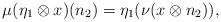
\begin{align*}\mu(\eta_1 \otimes x)(n_2) = \eta_1(\nu(x\otimes n_2)),\end{align*}